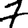
Digit: 7